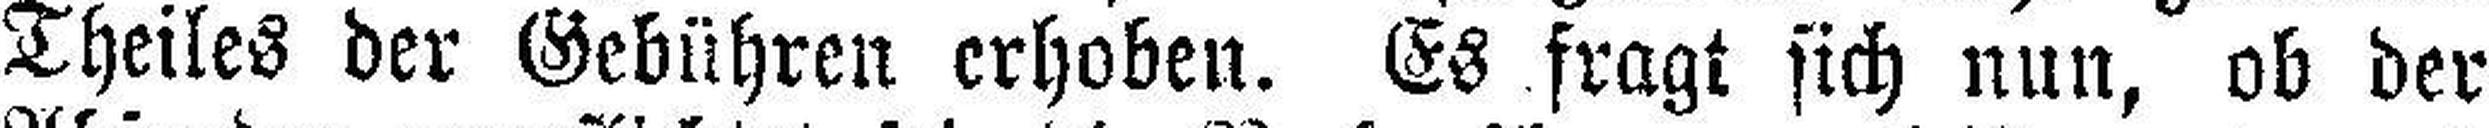
Theiles der Gebühren erhoben. Es fragt sich nun, ob der